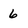
Character: 6